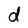
Character: d